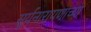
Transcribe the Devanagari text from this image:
सूर्यनारायणाच्या